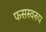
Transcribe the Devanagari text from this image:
फसस्वरुप